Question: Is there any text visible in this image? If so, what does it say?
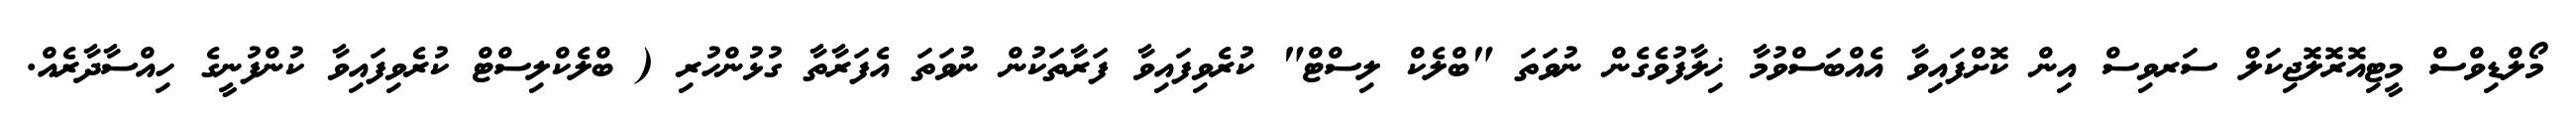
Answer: މޯލްޑިވްސް މީޓިއޮރޮލޮޖިކަލް ސަރވިސް އިން ކޮށްފައިވާ އެއްބަސްވުމާ ޚިލާފުވެގެން ނުވަތަ "ބްލެކް ލިސްޓް" ކުރެވިފައިވާ ފަރާތަކުން ނުވަތަ އެފަރާތާ ގުޅުންހުރި ( ބްލެކްލިސްޓް ކުރެވިފައިވާ ކުންފުނީގެ ހިއްސާދާރެއް.